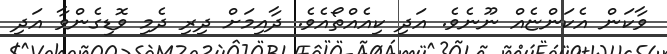
ވާކަން އެކަންޏެއް ނޫނެވެ. އަދި ކިއެއްތޯއެވެ. ދާއިމަށް ދިރި ދެމި ވޮޑިގެންވާ އަދި